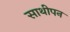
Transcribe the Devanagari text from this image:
साथीपन